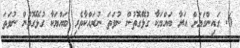
6. ގައިންގަޔަށް އަރާ ބައްޔަކާ ގުޅޭގޮތުން ނުވަތަ ނުރައްކާތެރި ބައްޔަކާ ގުޅޭގޮތުން ނުވަތަ